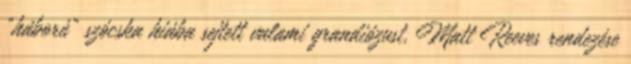
"háború" szócska hiába sejtett valami grandiózust, Matt Reeves rendezése